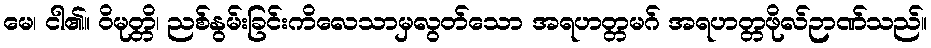
မေ၊ ငါ၏။ ဝိမုတ္တိ၊ ညစ်နွမ်းခြင်းကိလေသာမှလွတ်သော အရဟတ္တမဂ် အရဟတ္တဖိုလ်ဉာဏ်သည်။